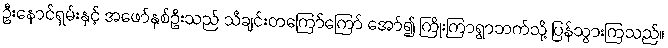
ဦးနောင်ရှမ်းနှင့် အဖော်နှစ်ဦးသည် သီချင်းတကြော်ကြော် အော်၍ ကြိုးကြာရွာဘက်သို့ ပြန်သွားကြသည်။